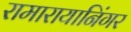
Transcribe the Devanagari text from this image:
रामारायानिंगर